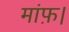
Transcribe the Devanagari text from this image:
मांफ़।